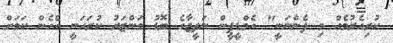
ކުރިއެރުމެއް މި ފެންނަނީ" އެމްޑީޕީން ނަތީޖާގެ ބޮޑު މަންޒަރު ކުރަހަނީ އެހެން ކަމަށް